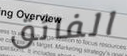
الفائق